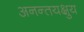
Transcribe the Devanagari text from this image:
अनन्तयक्षुय